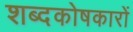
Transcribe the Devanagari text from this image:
शब्दकोषकारों